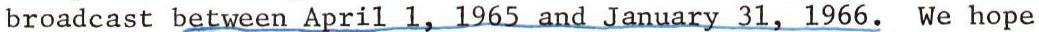
broadcast between April 1, 1965 and January 31, 1966. We hope